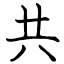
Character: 共